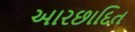
આરછાદિત